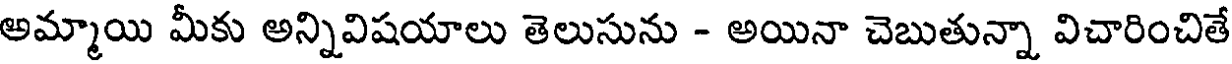
అమ్మాయి మీకు అన్నివిషయాలు తెలుసును - అయినా చెబుతున్నా విచారించితే